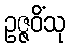
ဥဇ္ဇဝိံသု